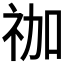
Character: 𮁬